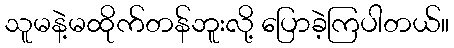
သူမနဲ့မထိုက်တန်ဘူးလို့ ပြောခဲ့ကြပါတယ်။